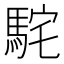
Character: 𩢵